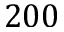
2 0 0